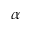
\alpha